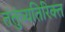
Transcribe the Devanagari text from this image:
तंतुंव्यतिरिक्त